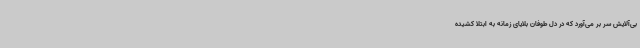
بی‌آلایش سر بر می‌آورد که در دل طوفان بلایای زمانه به ابتلا کشیده